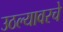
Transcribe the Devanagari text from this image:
उठल्यावरचे